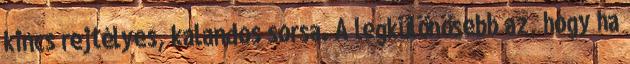
kincs rejtélyes, kalandos sorsa. A legkülönösebb az, hogy ha